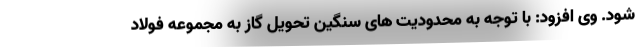
شود. وی افزود: با توجه به محدودیت های سنگین تحویل گاز به مجموعه فولاد